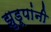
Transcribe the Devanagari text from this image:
झुडूपांनी